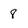
Character: 8